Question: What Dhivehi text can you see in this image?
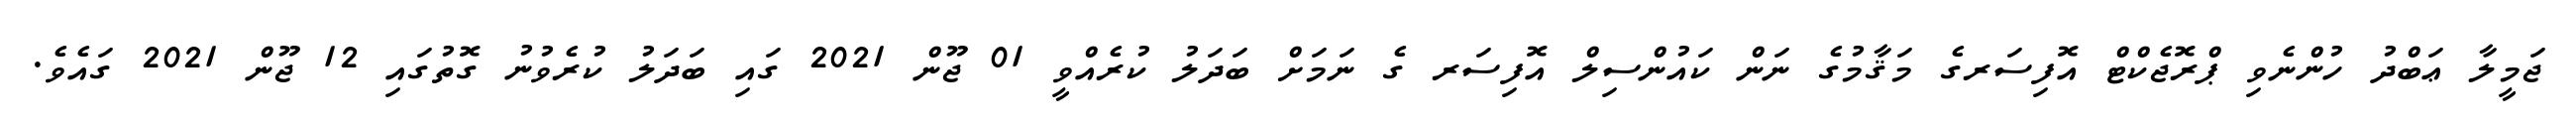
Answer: ޖަމީލާ ޢަބްދު ހުންނެވި ޕްރޮޖެކްޓް އޮފިސަރގެ މަޤާމުގެ ނަން ކައުންސިލް އޮފިސަރ ގެ ނަމަށް ބަދަލު ކުރެއްވީ 01 ޖޫން 2021 ގައި ބަދަލު ކުރެވުނު ގޮތުގައި 12 ޖޫން 2021 ގައެވެ.